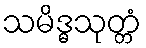
သမိဒ္ဓသုတ္တံ